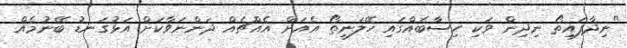
"ނިދާފައިތޯ ނިދިން ވަކި ހިސާބެއްގައި ހޭލަނީތޯ އެއަށް އެއްޗެއް ދަންނަވާކަށް އަޅުގަނޑު ބޭނުމެއް